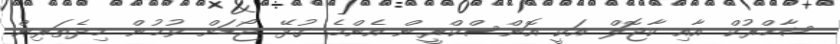
ޝާހްރުކް އާއި ކާޖޮލް އަކީ އޮންސްކްރީން އެންމެ ގުޅޭ ޖޯޑަށް ވުމުން މިދެތަރިން